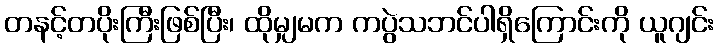
တနင့်တပိုးကြီးဖြစ်ပြီး၊ ထိုမျှမက ကပွဲသဘင်ပါရှိကြောင်းကို ယူဂျင်း